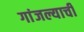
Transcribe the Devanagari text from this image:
गांजल्याची